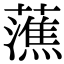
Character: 𧀡